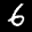
Label: 6